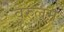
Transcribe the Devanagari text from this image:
वेरुलम